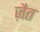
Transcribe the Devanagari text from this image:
ज़ैत